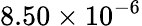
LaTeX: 8.50\times 10^{-6}